Indian journal of veterinary science and animal husbandry - Volume 9,
Year: 1939
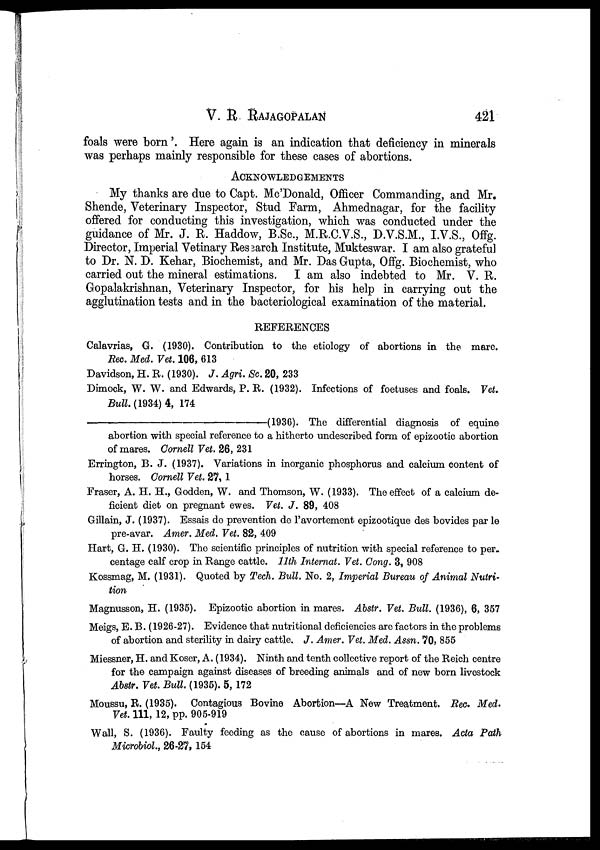
V.
R.
RAJAGOPALAN
421
foals were born'. Here again is an indication that deficiency in minerals
was perhaps mainly responsible for these cases of abortions.
ACKNOWLEDGEMENTS
My thanks are due to Capt. Mc'Donald, Officer Commanding, and Mr.
Shende, Veterinary Inspector, Stud Farm, Ahmednagar, for the facility
offered for conducting this investigation, which was conducted under the
guidance of Mr. J. R. Haddow, B.Sc., M.R.C.V.S., D.V.S.M., I.V.S., Offg.
Director, Imperial Vetinary Research Institute, Mukteswar. I am also grateful
to Dr. N. D. Kehar, Biochemist, and Mr. Das Gupta, Offg. Biochemist, who
carried out the mineral estimations.
I am also indebted to Mr. V. R.
Gopalakrishnan, Veterinary Inspector, for his help in carrying out the
agglutination tests and in the bacteriological examination of the material.
REFERENCES
Calavrias, G. (1930). Contribution to the etiology of abortions in the mare.
Rec. Med. Vet. 106, 613
Davidson, H. R. (1930). J. Agri. Sc. 20, 233
Dimock, W. W. and Edwards, P. R. (1932). Infections of foetuses and foals. Vet.
Bull. (1934)4, 174
—(1936).
The differential diagnosis of equine
abortion with special reference to a hitherto undescribed form of epizootic abortion
of mares. Cornell Vet. 26, 231
Errington, B. J. (1937). Variations in inorganic phosphorus and calcium content of
horses. Cornell Vet. 27, 1
Fraser, A. H. H., Godden, W. and Thomson, W. (1933). The effect of a calcium de-
ficient diet on pregnant ewes. Vet. J. 89, 408
Gillain, J. (1937). Essais do prevention de l'avortement epizootique des bovides par le
pre-avar. Amer. Med. Vet. 82, 409
Hart, G. H. (1930). The scientific principles of nutrition with special reference to per.
centage calf crop in Range cattle. 11th Internat. Vet. Cong. 3, 908
Kossmag, M. (1931). Quoted by Tech. Bull. No. 2, Imperial Bureau of Animal Nutri-
tion
Magnusson, H. (1935). Epizootic abortion in mares. Abstr. Vet. Bull. (1936), 6, 357
Meigs, E. B. (1926-27). Evidence that nutritional deficiencies are factors in the problems
of abortion and sterility in dairy cattle. J. Amer. Vet. Med. Assn. 70, 855
Miessner, H. and Koser, A. (1934). Ninth and tenth collective report of the Reich centre
for the campaign against diseases of breeding animals and of new born livestock
Abstr. Vet. Bull. (1935). 5, 172
Moussu, R. (1935). Contagious Bovine Abortion—A New Treatment. Rec. Med.
Vet. 111, 12, pp. 905-919
Wall, S. (1936). Faulty feeding as the cause of abortions in mares. Acta Path
Microbiol., 26-27, 154